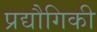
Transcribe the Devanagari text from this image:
प्रद्यौगिकी